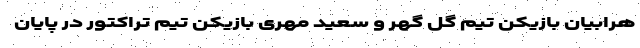
هرابیان بازیکن تیم گل گهر و سعید مهری بازیکن تیم تراکتور در پایان